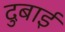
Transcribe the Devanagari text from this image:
दुबाई